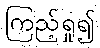
ကြည့်ရှု၍